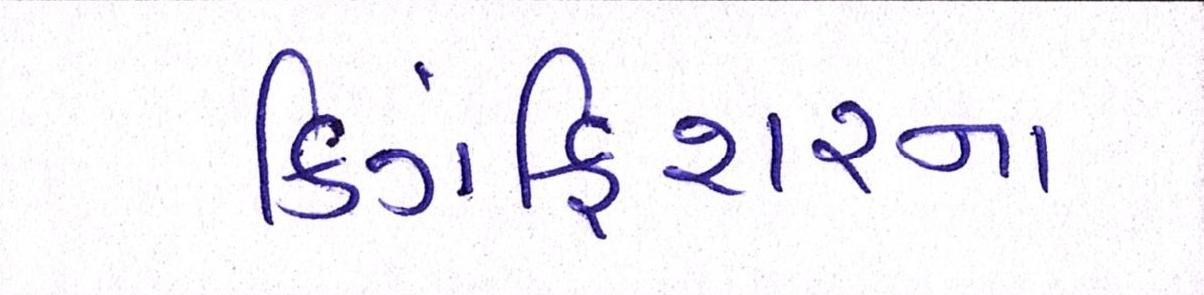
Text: કિંગફિશરના